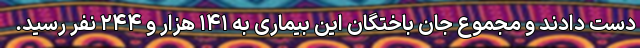
دست دادند و مجموع جان باختگان این بیماری به ۱۴۱ هزار و ۲۴۴ نفر رسید.